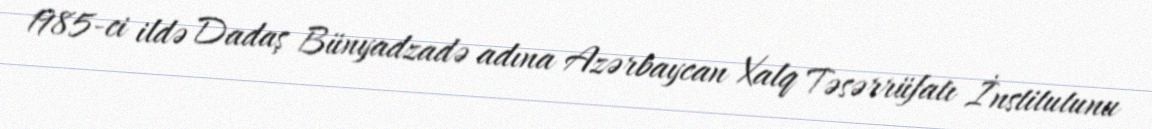
1985-ci ildə Dadaş Bünyadzadə adına Azərbaycan Xalq Təsərrüfatı İnstitutunu